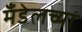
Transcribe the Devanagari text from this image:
मँडेलच्या